Report on vaccination in Madras 1904-1921 - 1904-1921
Year: 1904
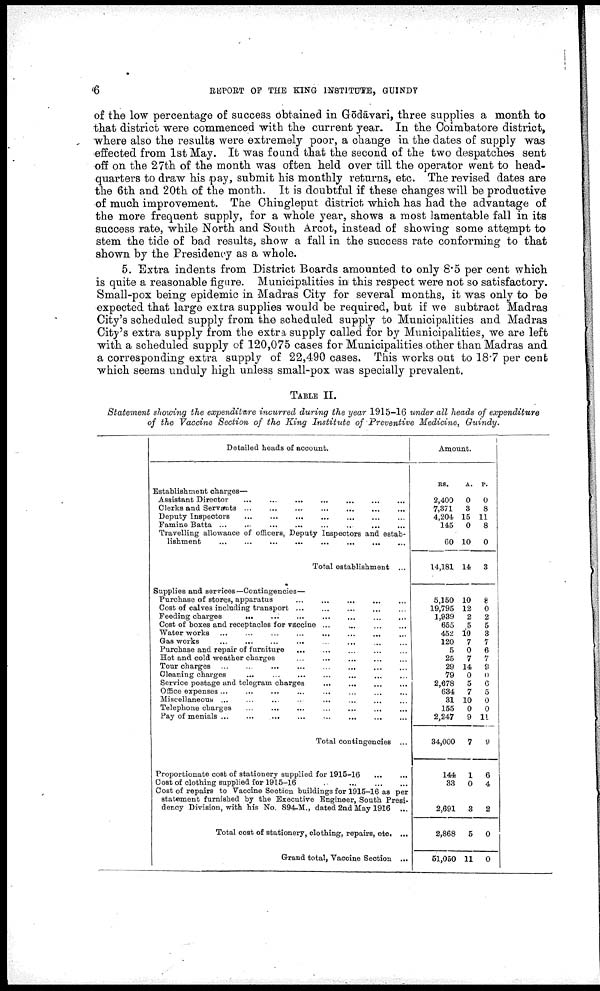
6
REPORT OF THE KING INSTITUTE, GUINDY
of the low percentage of success obtained in Gōdāvari, three supplies a month to
that district were commenced with the current year. In the Coimbatore district,
where also the results were extremely poor, a change in the dates of supply was
effected from 1st May. It was found that the second of the two despatches sent
off on the 27th of the month was often held over till the operator went to head
quarters to draw his pay, submit his monthly returns, etc. The revised dates are
the 6th and 20th of the month. It is doubtful if these changes will be productive
of much improvement. The Chingleput district which has had the advantage of
the more frequent supply, for a whole year, shows a most lamentable fall in its
success rate, while North and South Arcot, instead of showing some attempt to
stem the tide of bad results, show a fall in the success rate conforming to that
shown by the Presidency as a whole.
5. Extra indents from District Boards amounted to only 8.5 per cent which
is quite a reasonable figure. Municipalities in this respect were not so satisfactory.
Small-pox being epidemic in Madras City for several months, it was only to be
expected that large extra supplies would be required, but if we subtract Madras
City's scheduled supply from the scheduled supply to Municipalities and Madras
City's extra supply from the extra supply called for by Municipalities, we are left
with a scheduled supply of 120,075 cases for Municipalities other than Madras and
a corresponding extra supply of 22,490 cases. This works out to 18.7 per cent
which seems unduly high unless small-pox was specially prevalent.
TABLE II.
Statement showing the expenditure incurred during the year 1915-16 under all heads of expenditure
of the Vaccine Section of the King Institute of Preventive Medicine, Guindy.
Detailed heads of account.
Establishment charges—
Assistant Director
...
...
...
...
...
...
...
Clerks and Servants
...
...
...
...
...
...
...
Deputy Inspectors
...
...
...
...
...
...
...
Famine Batta ... ... ... ... ... ... ...
Travelling allowance of officers, Deputy Inspectors and estab
lishment
...
...
...
...
...
...
...
Total establishment ...
Supplies and services—Contingencies—
Purchase of stores, apparatus
...
...
...
...
...
...
...
Cost of calves including transport ... ... ... ... ... ... ...
Feeding charges
...
...
...
...
...
...
...
Cost of boxes and receptacles for vaccine ... ... ... ... ... ...
Waterworks
...
...
...
...
...
...
...
Gas works ... ... ... ... ...
Purchase and repair of furniture
... ... ... ... ... ... ...
Hot and cold weather charges
...
...
...
...
...
...
...
Tour charges
...
...
...
...
...
...
...
Cleaning charges
...
...
...
...
...
Service postage and telegram charges ... ... ... ... ... ...
Office expenses
...
...
...
...
...
Miscellaneous ... ... ... ... ... ... ...
Telephone charges
...
...
...
...
...
...
...
Pay of menials
...
...
...
...
...
...
...
Total contingencies ...
Proportionate cost of stationery supplied for 1915-16
...
...
Cost of clothing supplied for 1915-16
...
...
...
...
...
Cost of repairs to Vaccine Section buildings for 1915-16 as per
statement furnished by the Executive Engineer, South Presi
dency Division, with his No. 894-M., dated 2nd May 1916 ...
Total cost of stationery, clothing, repairs, etc. ...
Grand total, Vaccine Section ...
Amount.
RS.
A. P.
2,400
7,371
4,204
145
60
14,181
0
3
15
0
10
14
0
8
11
8
0
3
5,150
19,795
1,939
655
452
120
5
25
29
79
2,678
634
31
155
2,247
34,000
144
33
2,691
2,868
51,050
10
12
2
5
10
7
0
7
14
0
5
7
10
0
9
7
1
0
3
5
11
8
0
2
5
3
7
6
7
9
0
6
5
0
0
11
9
6
4
2
0
0